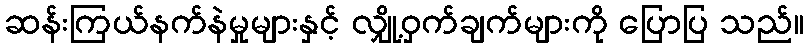
ဆန်းကြယ်နက်နဲမှုများနှင့် လျှို့ဝှက်ချက်များကို ပြောပြ သည်။